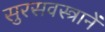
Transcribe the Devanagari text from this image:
सुरसवस्त्रानें